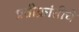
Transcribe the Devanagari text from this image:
प्रतीक्रांतीचे